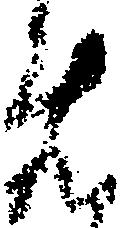
め